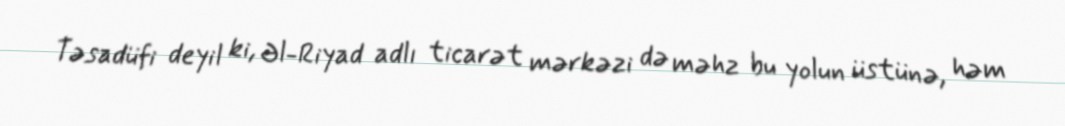
Təsadüfi deyil ki, Əl-Riyad adlı ticarət mərkəzi də məhz bu yolun üstünə, həm